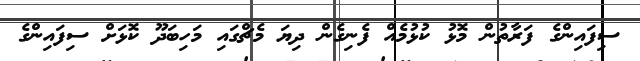
ސިފައިންގެ ފަރާތުން މޮޅު ކުޅުމެއް ފެނިގެން ދިޔަ މެޗްގައި މަހިބަދޫ ކޮޅަށް ސިފައިންގެ